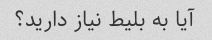
آیا به بلیط نیاز دارید؟